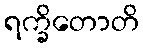
ရက္ခိတောတိ